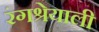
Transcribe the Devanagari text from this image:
रंगश्रेयाली